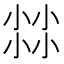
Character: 𡮐